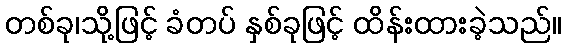
တစ်ခု၊သို့ဖြင့် ခံတပ် နှစ်ခုဖြင့် ထိန်းထားခဲ့သည်။